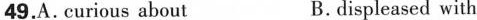
49.А. curious about B. displeased with